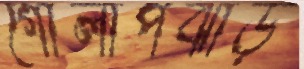
গোলাপঝাড়